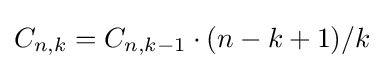
C_{n,k}=C_{n,k-1}\cdot (n-k+1)/k